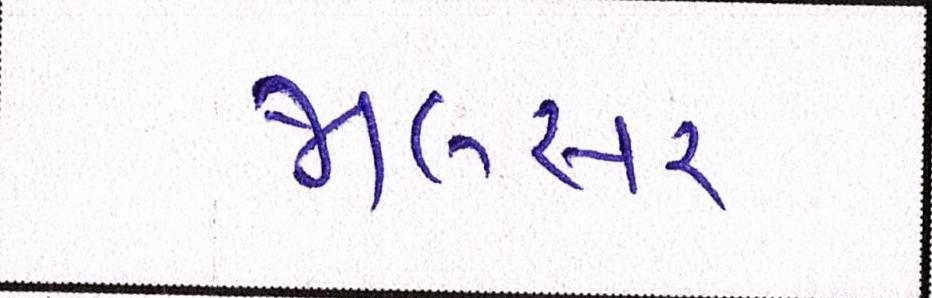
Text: જાલસર